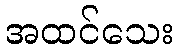
အထင်သေး